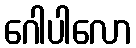
ဂေါပါလော